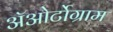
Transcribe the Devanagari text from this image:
अॅओर्टोग्राम